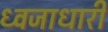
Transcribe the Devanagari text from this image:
ध्वजाधारी